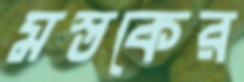
মস্তকের